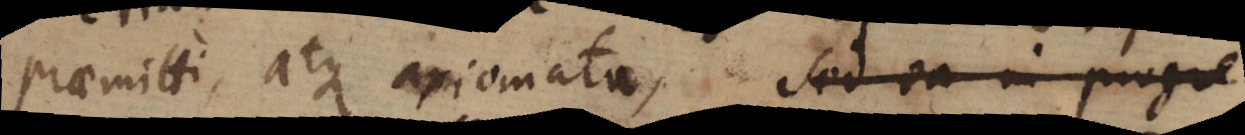
praemitti atque axiomata, sed ea in progre